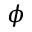
\phi